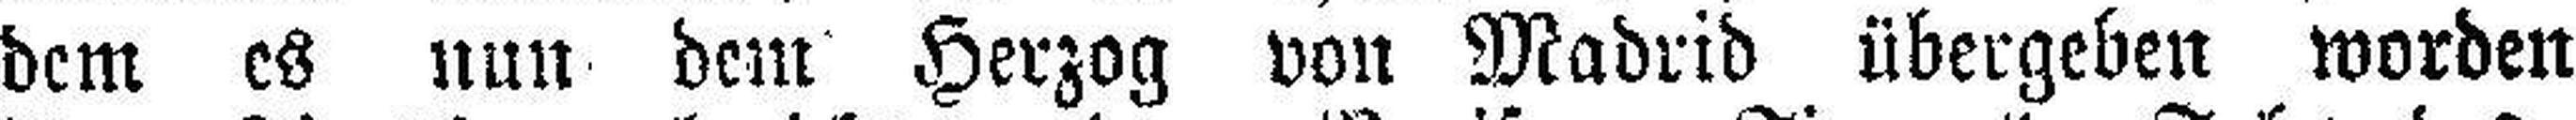
dem es nun dem Herzog von Madrid übergeben worden